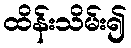
ထိန်းသိမ်း၍